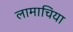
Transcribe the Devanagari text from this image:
लामाचिया